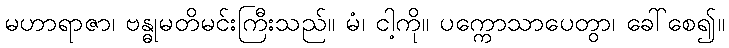
မဟာရာဇာ၊ ဗန္ဓုမတိမင်းကြီးသည်။ မံ၊ ငါ့ကို။ ပက္ကောသာပေတွာ၊ ခေါ်စေ၍။